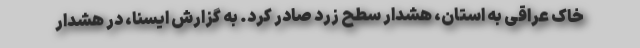
خاک عراقی به استان، هشدار سطح زرد صادر کرد. به گزارش ایسنا، در هشدار